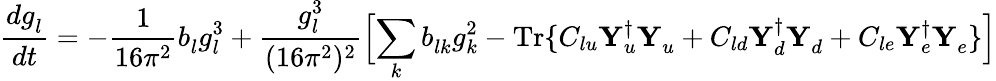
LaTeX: {\frac{dg_{l}^{}}{dt}}=-{\frac{1}{16\pi^{2}}}b_{l}^{}g_{l}^{3}+{\frac{g_{l}^{3}}{(16\pi^{2})^{2}}}\Bigl[\sum_{k}b_{lk}^{}g_{k}^{2}-\mathrm{Tr}\{ C_{lu}{\mathbf Y}_{u}^{\dagger}{\mathbf Y}_{u}^{}+C_{ld}{\mathbf Y}_{d}^{\dagger}{\mathbf Y}_{d}^{}+C_{le}{\mathbf Y}_{e}^{\dagger}{\mathbf Y}_{e}^{}\} \Bigr]